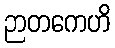
ဉာတကေဟိ